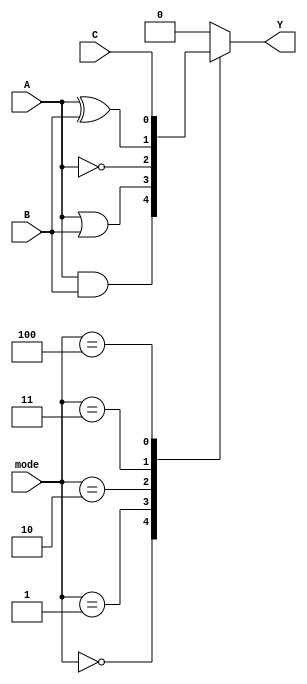
module combinational_logic_block (
    input wire [2:0] mode,     // Mode selection for logic operation
    input wire A,              // Input A
    input wire B,              // Input B
    input wire C,              // Input C (optional for flexibility)
    output wire Y              // Output Y
);

    // Intermediate signals for the logic operations
    wire and_out;
    wire or_out;
    wire not_a;
    wire xor_out;

    // Basic logic gate implementations
    assign and_out = A & B;               // AND operation
    assign or_out  = A | B;               // OR operation
    assign not_a   = ~A;                  // NOT operation
    assign xor_out  = A ^ B;              // XOR operation

    // Multiplexer to select the appropriate output based on mode
    always @(*) begin
        case (mode)
            3'b000: Y = and_out;          // Mode 0: AND
            3'b001: Y = or_out;           // Mode 1: OR
            3'b010: Y = not_a;            // Mode 2: NOT
            3'b011: Y = xor_out;          // Mode 3: XOR
            3'b100: Y = C;                 // Mode 4: Pass-through C (additional functionality)
            default: Y = 1'b0;            // Default case
        endcase
    end

endmodule